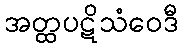
အတ္ထပဋိသံဝေဒီ